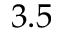
3 . 5